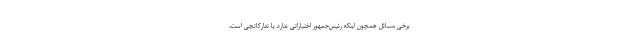
برخی مسائل همچون اینکه رئیس‌جمهور اختیاراتی ندارد یا تدارکاتچی است،